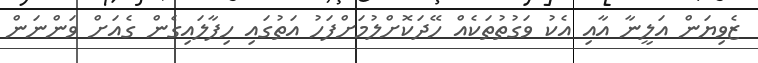
ޒެވިޔަން އަލީނާ އާއި އެކު ވަގުތުތަކެއް ހޭދަކޮށްލުމަށްފަހު އަތުގައި ހިފާލައިގެން ގެއަށް ވަންނަން